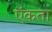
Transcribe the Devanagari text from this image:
ऍकता